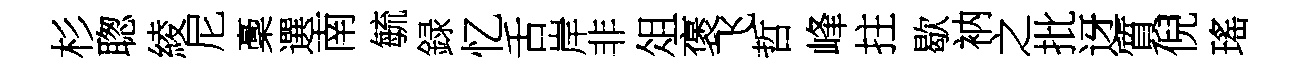
杉聦綾尼稾選南毓録忆舌岸非俎褒飞哲峰拄歇衲之批迓質倪瑤